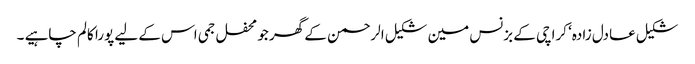
شکیل عادل زادہ‘ کراچی کے بزنس مین شکیل الرحمن کے گھر جو محفل جمی اس کے لیے پورا کالم چاہیے ۔